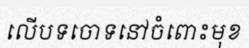
លើបទចោទនៅចំពោះមុខ